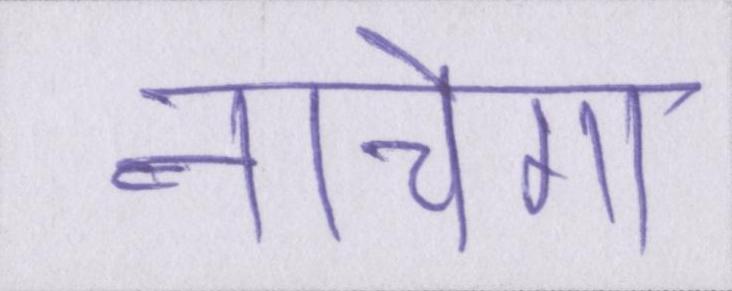
नाचेगा